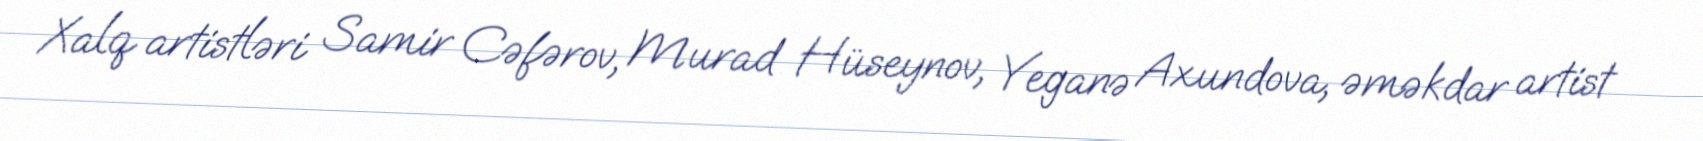
Xalq artistləri Samir Cəfərov, Murad Hüseynov, Yeganə Axundova, əməkdar artist